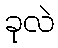
ခုလဲ